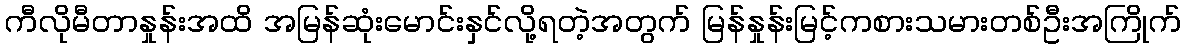
ကီလိုမီတာနှုန်းအထိ အမြန်ဆုံးမောင်းနှင်လို့ရတဲ့အတွက် မြန်နှုန်းမြင့်ကစားသမားတစ်ဦးအကြိုက်